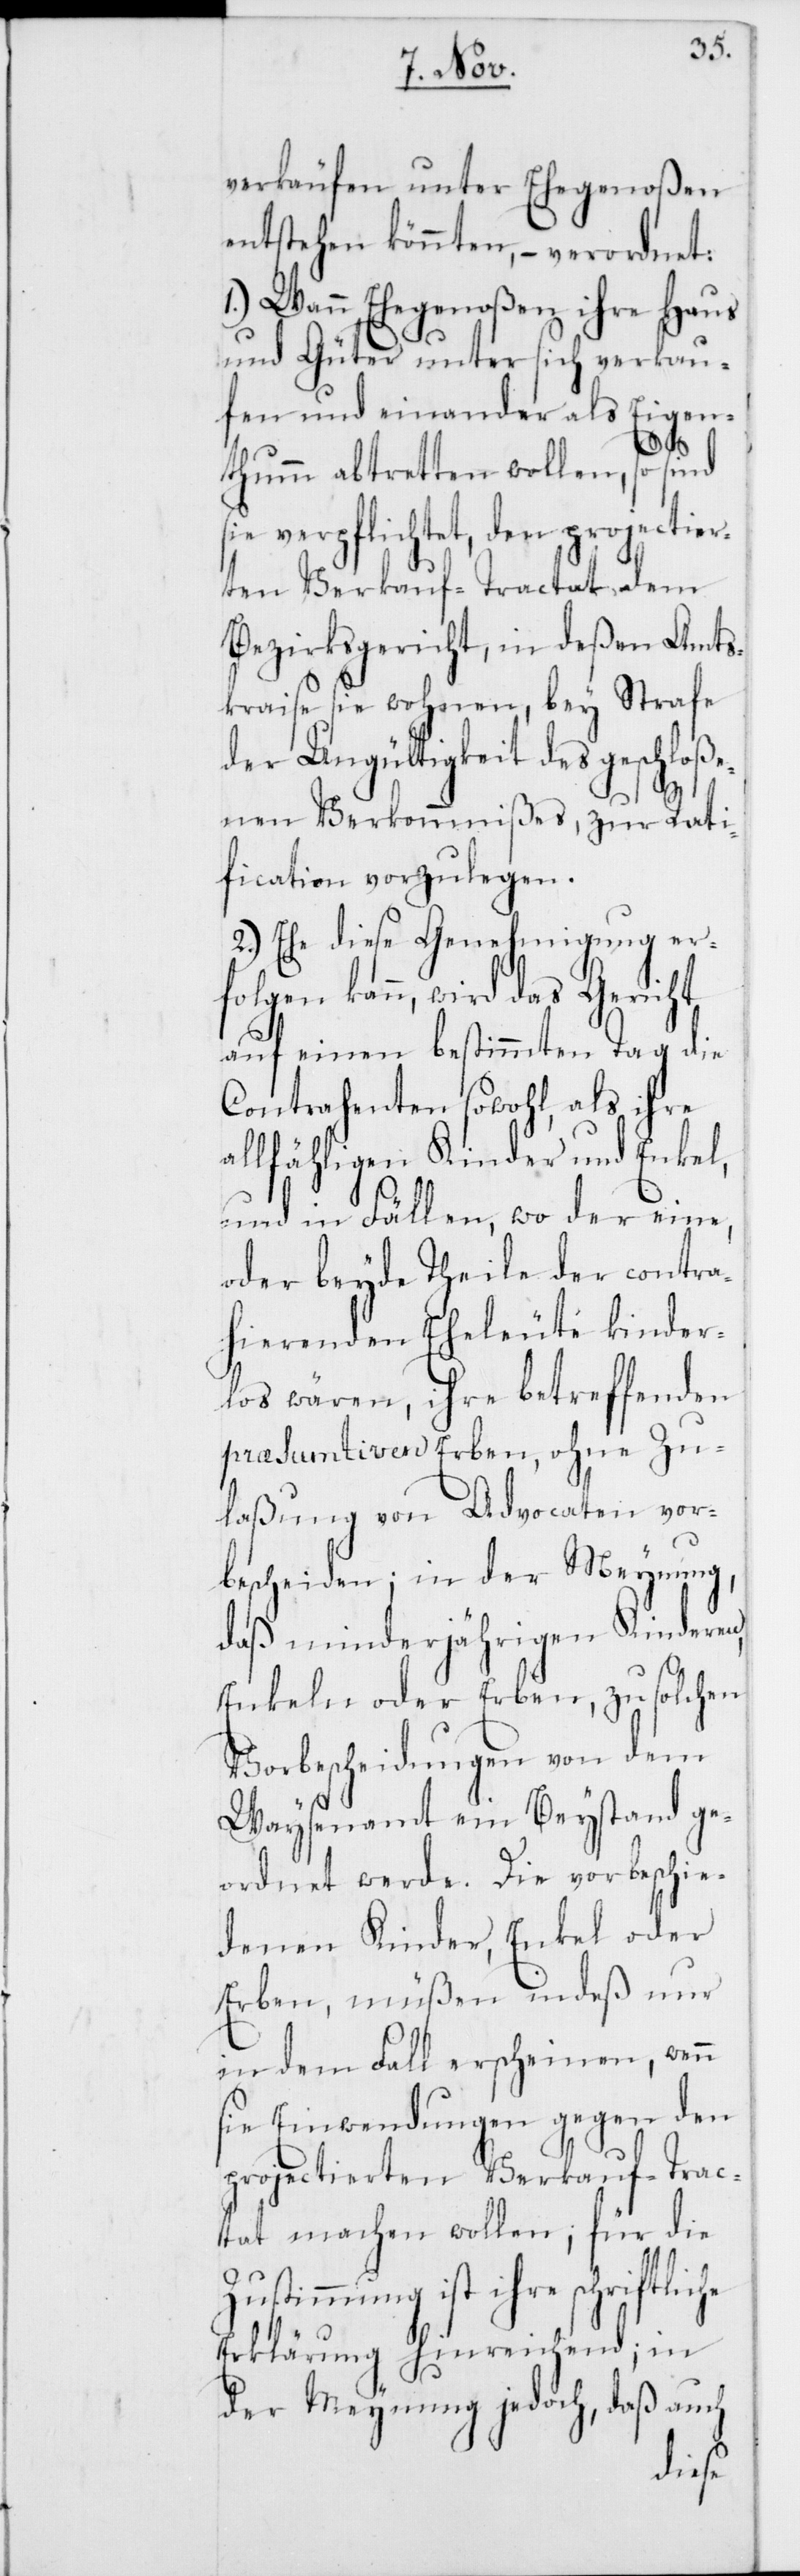
verkäufen unter Ehegenoßen
entstehen könnten, – verordnet:
1.) Wann Ehegenoßen ihre Haus
und Güter unter sich verkau¬
fen und einander als Eigen¬
thumm abtretten wollen, so sind
sie verpflichtet, den projectier¬
ten Verkauf-Tractat dem
Bezirksgericht, in deßen Amts¬
kreise sie wohnen, bey Strafe
der Ungültigkeit des geschloße¬
nen Verkommnißes, zur Rati¬
fication vorzulegen.
2.) Ehe diese Genehmigung er¬
folgen kann, wird das Gericht
auf einen bestimmten Tag die
Contrahenten sowohl, als ihre
allfähligen Kinder und Enkel,
und in Fällen, wo der eine,
oder beyde Theile der contra¬
hierenden Eheleute kinder¬
los wären, ihre betreffenden
præsumtiven Erben, ohne Zu¬
laßung von Advocaten vor¬
bescheiden; in der Meynung,
daß minderjährige Kinderen,
Enkeln oder Erben, zu solchen
Vorbescheidungen von dem
Waysenamt ein Beystand ge¬
ordnet werde. Die vorbeschie¬
denen Kinder, Enkel oder
Erben, müßen indeß nur
in dem Fall erscheinen, wenn
sie Einwendungen gegen den
projectierten Verkauf-Trac¬
tat machen wollen; für die
Zustimmung ist ihre schrift¬
Erklärung hinreichend; in
der Meynung jedoch, daß auch
liche